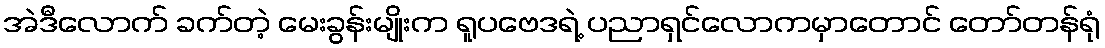
အဲဒီလောက် ခက်တဲ့ မေးခွန်းမျိုးက ရူပဗေဒရဲ့ ပညာရှင်လောကမှာတောင် တော်တန်ရုံ